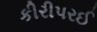
કીરીપરઈ